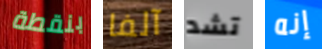
بنقطة آلفا تشد إنه